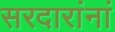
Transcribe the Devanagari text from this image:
सरदारांनां